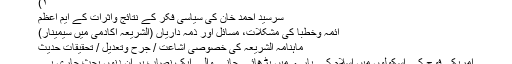
۲)
سرسید احمد خان کی سیاسی فکر کے نتائج واثرات کے ایم اعظم
ائمہ وخطبا کی مشکلات، مسائل اور ذمہ داریاں (الشریعہ اکادمی میں سیمینار)
ماہنامہ الشریعہ کی خصوصی اشاعت / جرح وتعدیل / تحقیقات حدیث
امریکی فوج کے اسکولوں میں اسلام کے بارے میں پڑھائے جانے والے ایک نصاب پر ان دنوں بحث جاری ہے۔